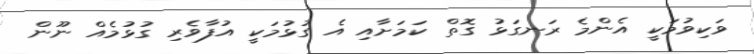
ވަކިވުމަކީ އެންމެ ރަނގަޅު ގޮތް ކަމަށާއި އެ ގުޅުމަކީ އުފާވެރި ގުޅުމެއް ނޫން